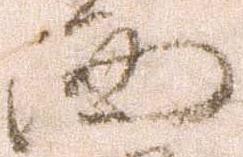
西